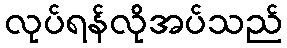
လုပ်ရန်လိုအပ်သည်